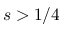
s > 1 / 4